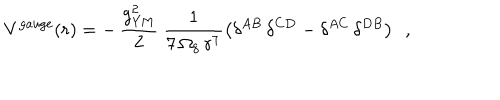
LaTeX: { V } ^ { \mathrm { g a u g e } } ( r ) = - \, \frac { g _ { \mathrm { Y M } } ^ { 2 } } { 2 } ~ \frac { 1 } { 7 \, \Omega _ { 8 } \, r ^ { 7 } } \left( \delta ^ { A B } \, \delta ^ { C D } - \delta ^ { A C } \, \delta ^ { D B } \right) ~ ~ ,